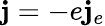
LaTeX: {\mathbf j}=-e{\mathbf j}_{e}